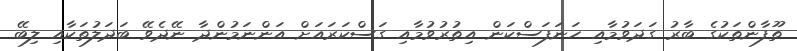
ތޫފާންތަކުގެ ބާރު ގަދަވުމާއި ހަނަފަސްކަން އިތުރުވުމާއި ގަސްކަރައަށް އަންނަމުންދާ ނޭދެވޭ ބަދަލުތަކާއި ލިބޭ